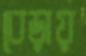
বেড়ায়